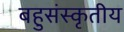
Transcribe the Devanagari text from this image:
बहुसंस्कृतीय